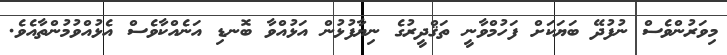
މިވަރުންވެސް ނުފުދޭ ބަޔަކަށް ފަހުމްވާނީ ތަޤްދީރުގެ ނިޔާފުޅުން އަޅުއްވާ ބޮނޑި އަނެއްކާވެސް އެޅުއްވުމުންތާއެވެ.